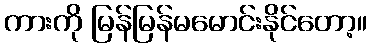
ကားကို မြန်မြန်မမောင်းနိုင်တော့။